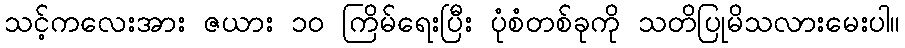
သင့်ကလေးအား ဇယား ၁၀ ကြိမ်ရေးပြီး ပုံစံတစ်ခုကို သတိပြုမိသလားမေးပါ။